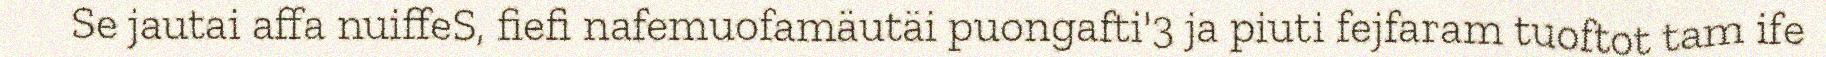
Se jautai affa nuiffeS, fiefi nafemuofamäutäi puongafti'3 ja piuti fejfaram tuoftot tam ife